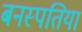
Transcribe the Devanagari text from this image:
बनस्पतियां